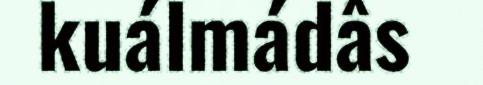
kuálmádâs